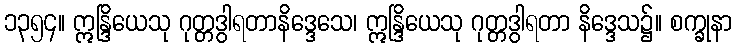
၁၃၅၄။ ဣန္ဒြိယေသု ဂုတ္တဒွါရတာနိဒ္ဒေသေ၊ ဣန္ဒြိယေသု ဂုတ္တဒွါရတာ နိဒ္ဒေသ၌။ စက္ခုနာ